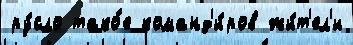
ру́сло тако́е команд'и́ров жи́т'ел'и